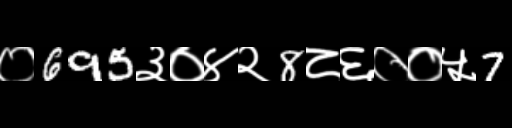
Text: ०695३०४२8८६००५7